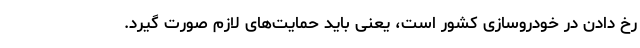
رخ دادن در خودروسازی کشور است، یعنی باید حمایت‌های لازم صورت گیرد.